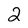
Character: 2